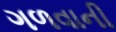
ગળવાની